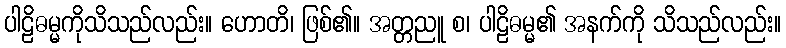
ပါဠိဓမ္မကိုသိသည်လည်း။ ဟောတိ၊ ဖြစ်၏။ အတ္တညူ စ၊ ပါဠိဓမ္မ၏ အနက်ကို သိသည်လည်း။